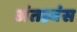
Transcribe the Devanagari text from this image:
अंतध्र्वंस